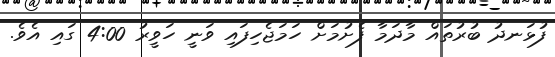
ފުޅަނދު ބުރުތައް މާދަމާ ފެށުމަށް ހަމަޖެހިފައި ވަނީ ހަވީރު 4:00 ގައި އެވެ.